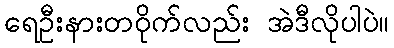
ရေဦးနားတဝိုက်လည်း အဲဒီလိုပါပဲ။